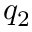
q _ { 2 }